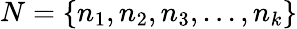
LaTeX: N=\{ n_{1},n_{2},n_{3},...,n_{k}\}